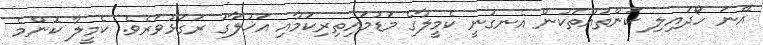
އޭނަ ހޯދައިލި ކަންތައްތަކުން އެނގުނީ ކެމީލާގެ މަޑުމައިތިރިކަމާއި އަޚުލާގު ރަގަޅުވަރެވެ. ކެމީލާ ކޮންމެ